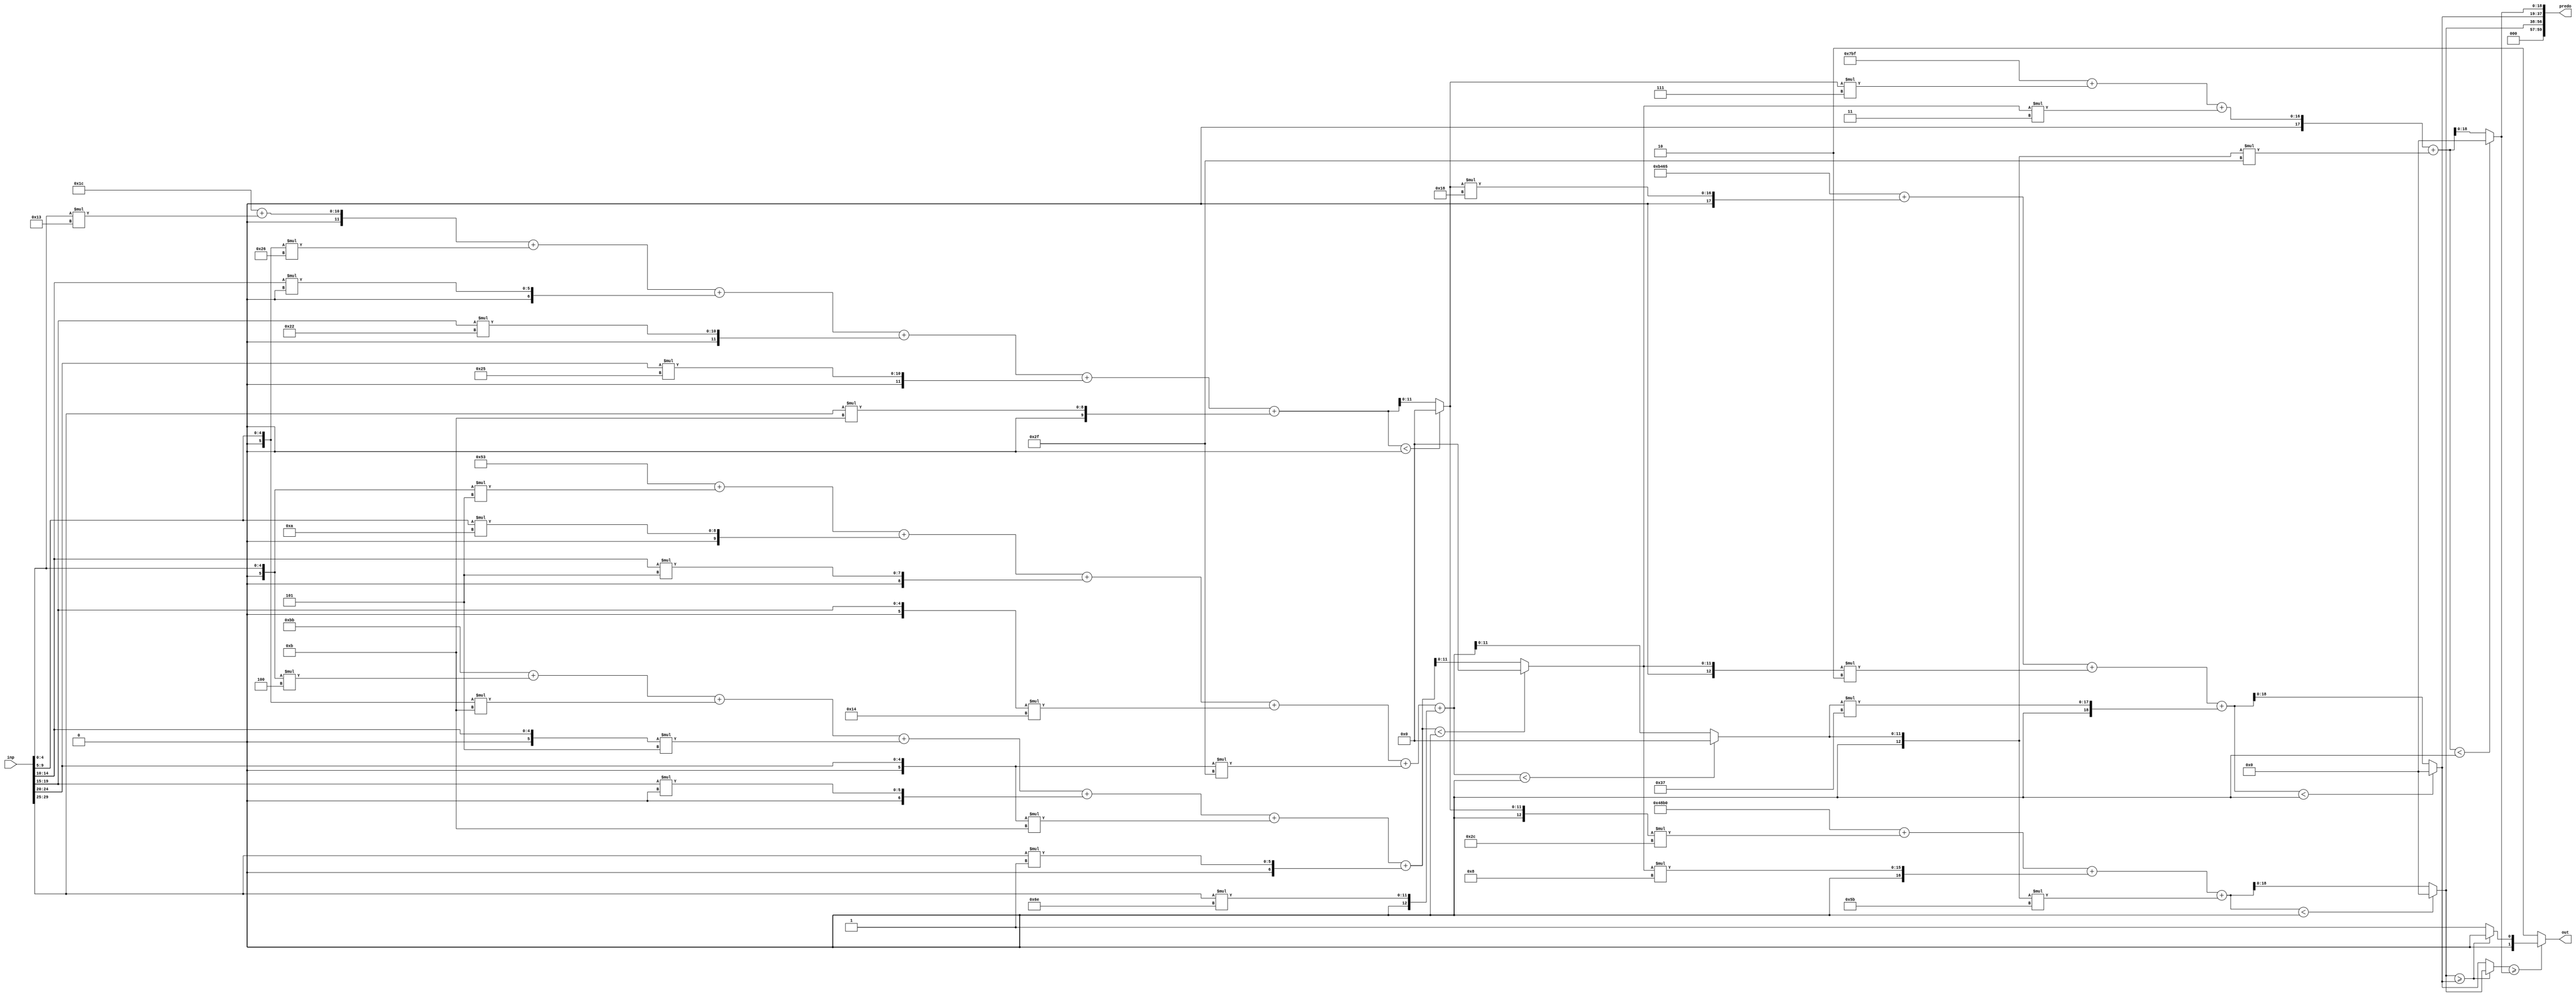
//weights: [[[19, -26, 0, 34, 37, 11], [-4, -5, -3, 0, -5, 1], [-3, 10, 5, -12, -17, 110]], [[-20, 8, -37], [24, -2, 55], [7, 3, -17]]]
//intercepts: [[28, -69, 83], [18608, -19355, 1983]]
//act size: [5, 12, 19]
//pred num: 3
module top (inp, predo, out);
input [29:0] inp;
output [59:0] predo;
output [1:0] out;

// layer: 0 - neuron: 0
    wire signed [12:0] n_0_0_po_0;
    //weight 19: 8'sb00010011
    assign n_0_0_po_0 = $signed({1'b0, inp[4:0]}) * 8'sb00010011;

    wire signed [12:0] n_0_0_po_1;
    //weight -26: 8'sb11100110
    assign n_0_0_po_1 = $signed({1'b0, inp[9:5]}) * 8'sb11100110;

    wire signed [12:0] n_0_0_po_2;
    //weight 0: 8'sb00000000
    assign n_0_0_po_2 = $signed({1'b0, inp[14:10]}) * 8'sb00000000;

    wire signed [12:0] n_0_0_po_3;
    //weight 34: 8'sb00100010
    assign n_0_0_po_3 = $signed({1'b0, inp[19:15]}) * 8'sb00100010;

    wire signed [12:0] n_0_0_po_4;
    //weight 37: 8'sb00100101
    assign n_0_0_po_4 = $signed({1'b0, inp[24:20]}) * 8'sb00100101;

    wire signed [12:0] n_0_0_po_5;
    //weight 11: 8'sb00001011
    assign n_0_0_po_5 = $signed({1'b0, inp[29:25]}) * 8'sb00001011;

    wire signed [12:0] n_0_0_sum;
    assign n_0_0_sum = 28 + n_0_0_po_0 + n_0_0_po_1 + n_0_0_po_2 + n_0_0_po_3 + n_0_0_po_4 + n_0_0_po_5;
    //relu
    wire [11:0] n_0_0;
    assign n_0_0 = (n_0_0_sum<0) ? $unsigned({12{1'b0}}) : $unsigned(n_0_0_sum[11:0]);

// layer: 0 - neuron: 1
    wire signed [12:0] n_0_1_po_0;
    //weight -4: 8'sb11111100
    assign n_0_1_po_0 = $signed({1'b0, inp[4:0]}) * 8'sb11111100;

    wire signed [12:0] n_0_1_po_1;
    //weight -5: 8'sb11111011
    assign n_0_1_po_1 = $signed({1'b0, inp[9:5]}) * 8'sb11111011;

    wire signed [12:0] n_0_1_po_2;
    //weight -3: 8'sb11111101
    assign n_0_1_po_2 = $signed({1'b0, inp[14:10]}) * 8'sb11111101;

    wire signed [12:0] n_0_1_po_3;
    //weight 0: 8'sb00000000
    assign n_0_1_po_3 = $signed({1'b0, inp[19:15]}) * 8'sb00000000;

    wire signed [12:0] n_0_1_po_4;
    //weight -5: 8'sb11111011
    assign n_0_1_po_4 = $signed({1'b0, inp[24:20]}) * 8'sb11111011;

    wire signed [12:0] n_0_1_po_5;
    //weight 1: 8'sb00000001
    assign n_0_1_po_5 = $signed({1'b0, inp[29:25]}) * 8'sb00000001;

    wire signed [12:0] n_0_1_sum;
    assign n_0_1_sum = -69 + n_0_1_po_0 + n_0_1_po_1 + n_0_1_po_2 + n_0_1_po_3 + n_0_1_po_4 + n_0_1_po_5;
    //relu
    wire [11:0] n_0_1;
    assign n_0_1 = (n_0_1_sum<0) ? $unsigned({12{1'b0}}) : $unsigned(n_0_1_sum[11:0]);

// layer: 0 - neuron: 2
    wire signed [12:0] n_0_2_po_0;
    //weight -3: 8'sb11111101
    assign n_0_2_po_0 = $signed({1'b0, inp[4:0]}) * 8'sb11111101;

    wire signed [12:0] n_0_2_po_1;
    //weight 10: 8'sb00001010
    assign n_0_2_po_1 = $signed({1'b0, inp[9:5]}) * 8'sb00001010;

    wire signed [12:0] n_0_2_po_2;
    //weight 5: 8'sb00000101
    assign n_0_2_po_2 = $signed({1'b0, inp[14:10]}) * 8'sb00000101;

    wire signed [12:0] n_0_2_po_3;
    //weight -12: 8'sb11110100
    assign n_0_2_po_3 = $signed({1'b0, inp[19:15]}) * 8'sb11110100;

    wire signed [12:0] n_0_2_po_4;
    //weight -17: 8'sb11101111
    assign n_0_2_po_4 = $signed({1'b0, inp[24:20]}) * 8'sb11101111;

    wire signed [12:0] n_0_2_po_5;
    //weight 110: 8'sb01101110
    assign n_0_2_po_5 = $signed({1'b0, inp[29:25]}) * 8'sb01101110;

    wire signed [12:0] n_0_2_sum;
    assign n_0_2_sum = 83 + n_0_2_po_0 + n_0_2_po_1 + n_0_2_po_2 + n_0_2_po_3 + n_0_2_po_4 + n_0_2_po_5;
    //relu
    wire [11:0] n_0_2;
    assign n_0_2 = (n_0_2_sum<0) ? $unsigned({12{1'b0}}) : $unsigned(n_0_2_sum[11:0]);

// layer: 1 - neuron: 0
    wire signed [19:0] n_1_0_po_0;
    //weight -20: 8'sb11101100
    assign n_1_0_po_0 = $signed({1'b0, n_0_0}) * 8'sb11101100;

    wire signed [19:0] n_1_0_po_1;
    //weight 8: 8'sb00001000
    assign n_1_0_po_1 = $signed({1'b0, n_0_1}) * 8'sb00001000;

    wire signed [19:0] n_1_0_po_2;
    //weight -37: 8'sb11011011
    assign n_1_0_po_2 = $signed({1'b0, n_0_2}) * 8'sb11011011;

    wire signed [19:0] n_1_0_sum;
    assign n_1_0_sum = 18608 + n_1_0_po_0 + n_1_0_po_1 + n_1_0_po_2;
    //relu
    wire [18:0] n_1_0;
    assign n_1_0 = (n_1_0_sum<0) ? $unsigned({19{1'b0}}) : $unsigned(n_1_0_sum[18:0]);

// layer: 1 - neuron: 1
    wire signed [19:0] n_1_1_po_0;
    //weight 24: 8'sb00011000
    assign n_1_1_po_0 = $signed({1'b0, n_0_0}) * 8'sb00011000;

    wire signed [19:0] n_1_1_po_1;
    //weight -2: 8'sb11111110
    assign n_1_1_po_1 = $signed({1'b0, n_0_1}) * 8'sb11111110;

    wire signed [19:0] n_1_1_po_2;
    //weight 55: 8'sb00110111
    assign n_1_1_po_2 = $signed({1'b0, n_0_2}) * 8'sb00110111;

    wire signed [19:0] n_1_1_sum;
    assign n_1_1_sum = -19355 + n_1_1_po_0 + n_1_1_po_1 + n_1_1_po_2;
    //relu
    wire [18:0] n_1_1;
    assign n_1_1 = (n_1_1_sum<0) ? $unsigned({19{1'b0}}) : $unsigned(n_1_1_sum[18:0]);

// layer: 1 - neuron: 2
    wire signed [19:0] n_1_2_po_0;
    //weight 7: 8'sb00000111
    assign n_1_2_po_0 = $signed({1'b0, n_0_0}) * 8'sb00000111;

    wire signed [19:0] n_1_2_po_1;
    //weight 3: 8'sb00000011
    assign n_1_2_po_1 = $signed({1'b0, n_0_1}) * 8'sb00000011;

    wire signed [19:0] n_1_2_po_2;
    //weight -17: 8'sb11101111
    assign n_1_2_po_2 = $signed({1'b0, n_0_2}) * 8'sb11101111;

    wire signed [19:0] n_1_2_sum;
    assign n_1_2_sum = 1983 + n_1_2_po_0 + n_1_2_po_1 + n_1_2_po_2;
    //relu
    wire [18:0] n_1_2;
    assign n_1_2 = (n_1_2_sum<0) ? $unsigned({19{1'b0}}) : $unsigned(n_1_2_sum[18:0]);

    assign predo = {n_1_0,n_1_1,n_1_2};
// argmax: 3 classes, need 2 bits
// argmax inp: n_1_0, n_1_1, n_1_2
    //comp level 0
    wire cmp_0_0;
    wire [19:0] argmax_val_0_0;
    wire [1:0] argmax_idx_0_0;
    assign {cmp_0_0} = ( n_1_0 >= n_1_1 );
    assign {argmax_val_0_0} = ( cmp_0_0 ) ? n_1_0 : n_1_1;
    assign {argmax_idx_0_0} = ( cmp_0_0 ) ? 2'b00 : 2'b01;

    //comp level 1
    wire cmp_1_0;
    wire [19:0] argmax_val_1_0;
    wire [1:0] argmax_idx_1_0;
    assign {cmp_1_0} = ( argmax_val_0_0 >= n_1_2 );
    assign {argmax_val_1_0} = ( cmp_1_0 ) ? argmax_val_0_0 : n_1_2;
    assign {argmax_idx_1_0} = ( cmp_1_0 ) ? argmax_idx_0_0 : 2'b10;

    assign out = argmax_idx_1_0;

endmodule